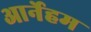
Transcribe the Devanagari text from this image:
आर्नेहम